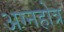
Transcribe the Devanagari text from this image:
अग्नहोत्र